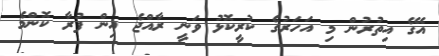
އޭގެ އިތުރުން މި އަހަރުގެ ކުރީކޮޅު ވަނީ ރާއްޖެ އިން ފުރާ ކޮންމެ